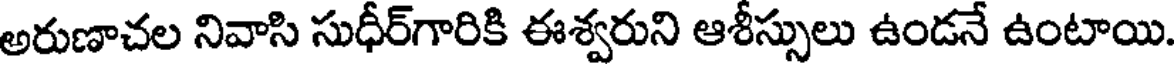
అరుణాచల నివాసి సుధీర్గారికి ఈశ్వరుని ఆశీస్సులు ఉండనే ఉంటాయి.